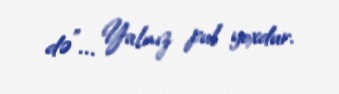
də”... Yalnız pul yoxdur.